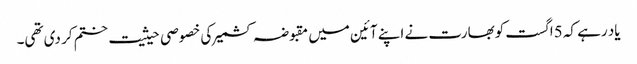
یاد رہے کہ 5اگست کوبھارت نے اپنے آئین میں مقبوضہ کشمیر کی خصوصی حیثیت ختم کر دی تھی۔